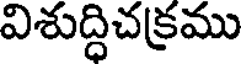
విశుద్ధిచక్రము